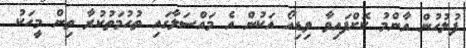
ފުލުހުން އާންމު ކޮށްފައިވާ ވިޑިއޯ އަކުން އެ މައްސަލާގައި ތުހުމަތުކުރާ ތިން މީހަކު